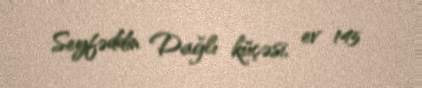
Seyfəddin Dağlı küçəsi, ev 145